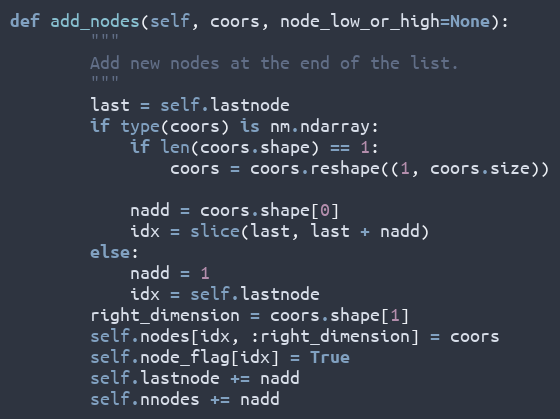
Language: Python
def add_nodes(self, coors, node_low_or_high=None):
        """
        Add new nodes at the end of the list.
        """
        last = self.lastnode
        if type(coors) is nm.ndarray:
            if len(coors.shape) == 1:
                coors = coors.reshape((1, coors.size))

            nadd = coors.shape[0]
            idx = slice(last, last + nadd)
        else:
            nadd = 1
            idx = self.lastnode
        right_dimension = coors.shape[1]
        self.nodes[idx, :right_dimension] = coors
        self.node_flag[idx] = True
        self.lastnode += nadd
        self.nnodes += nadd